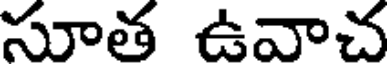
సూత ఉవాచ